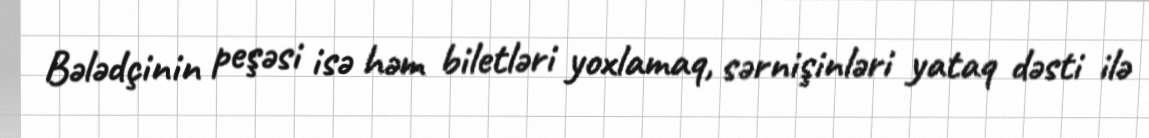
Bələdçinin peşəsi isə həm biletləri yoxlamaq, sərnişinləri yataq dəsti ilə